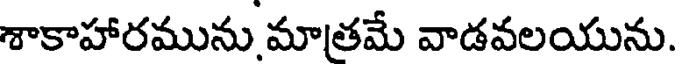
శాకాహారమును మాత్రమే వాడవలయును.